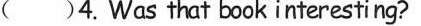
( )4.Was that book interesting?